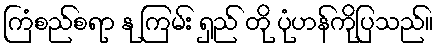
ကြံစည်စရာ နု ကြမ်း ရှည် တို ပုံဟန်ကိုပြသည်။